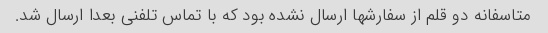
متاسفانه دو قلم از سفارشها ارسال نشده بود که با تماس تلفنی بعدا ارسال شد.